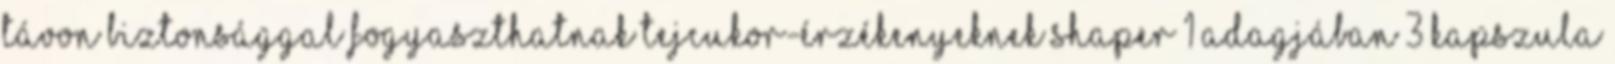
távon biztonsággal fogyaszthatnak tejcukor-érzékenyeknek Shaper 1 adagjában 3 kapszula